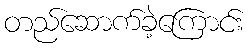
တည်ဆောက်ခဲ့ကြောင်း